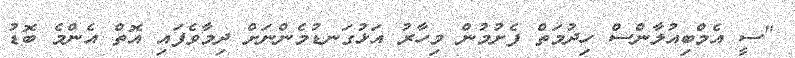
"ސީ އެމްބިއުލާންސް ހިދުމަތް ފެށުމުން މިހާރު އަޅުގަނޑުމެންނަށް ދިމާވެފައި އޮތް އެންމެ ބޮޑު